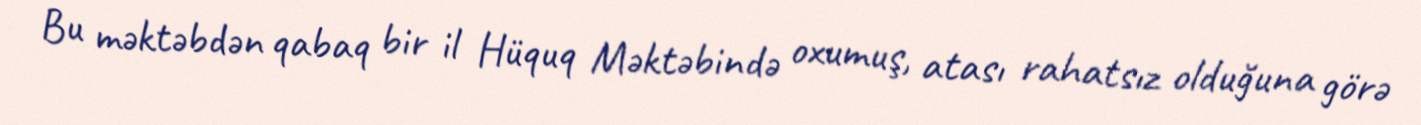
Bu məktəbdən qabaq bir il Hüquq Məktəbində oxumuş, atası rahatsız olduğuna görə